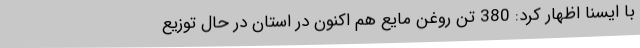
با ایسنا اظهار کرد: 380 تن روغن مایع هم اکنون در استان در حال توزیع